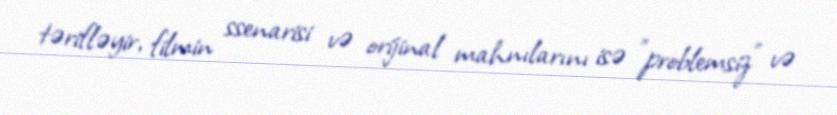
tərifləyir, filmin ssenarisi və orijinal mahnılarını isə "problemsiz" və